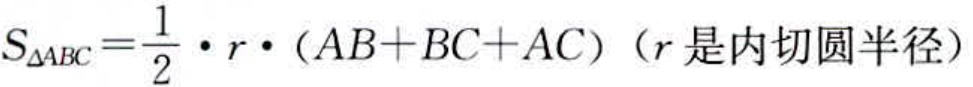
$S_{\triangle ABC}=\frac{1}{2}\cdot r\cdot (AB + BC + AC)\text{（}r\text{是内切圆半径）}$